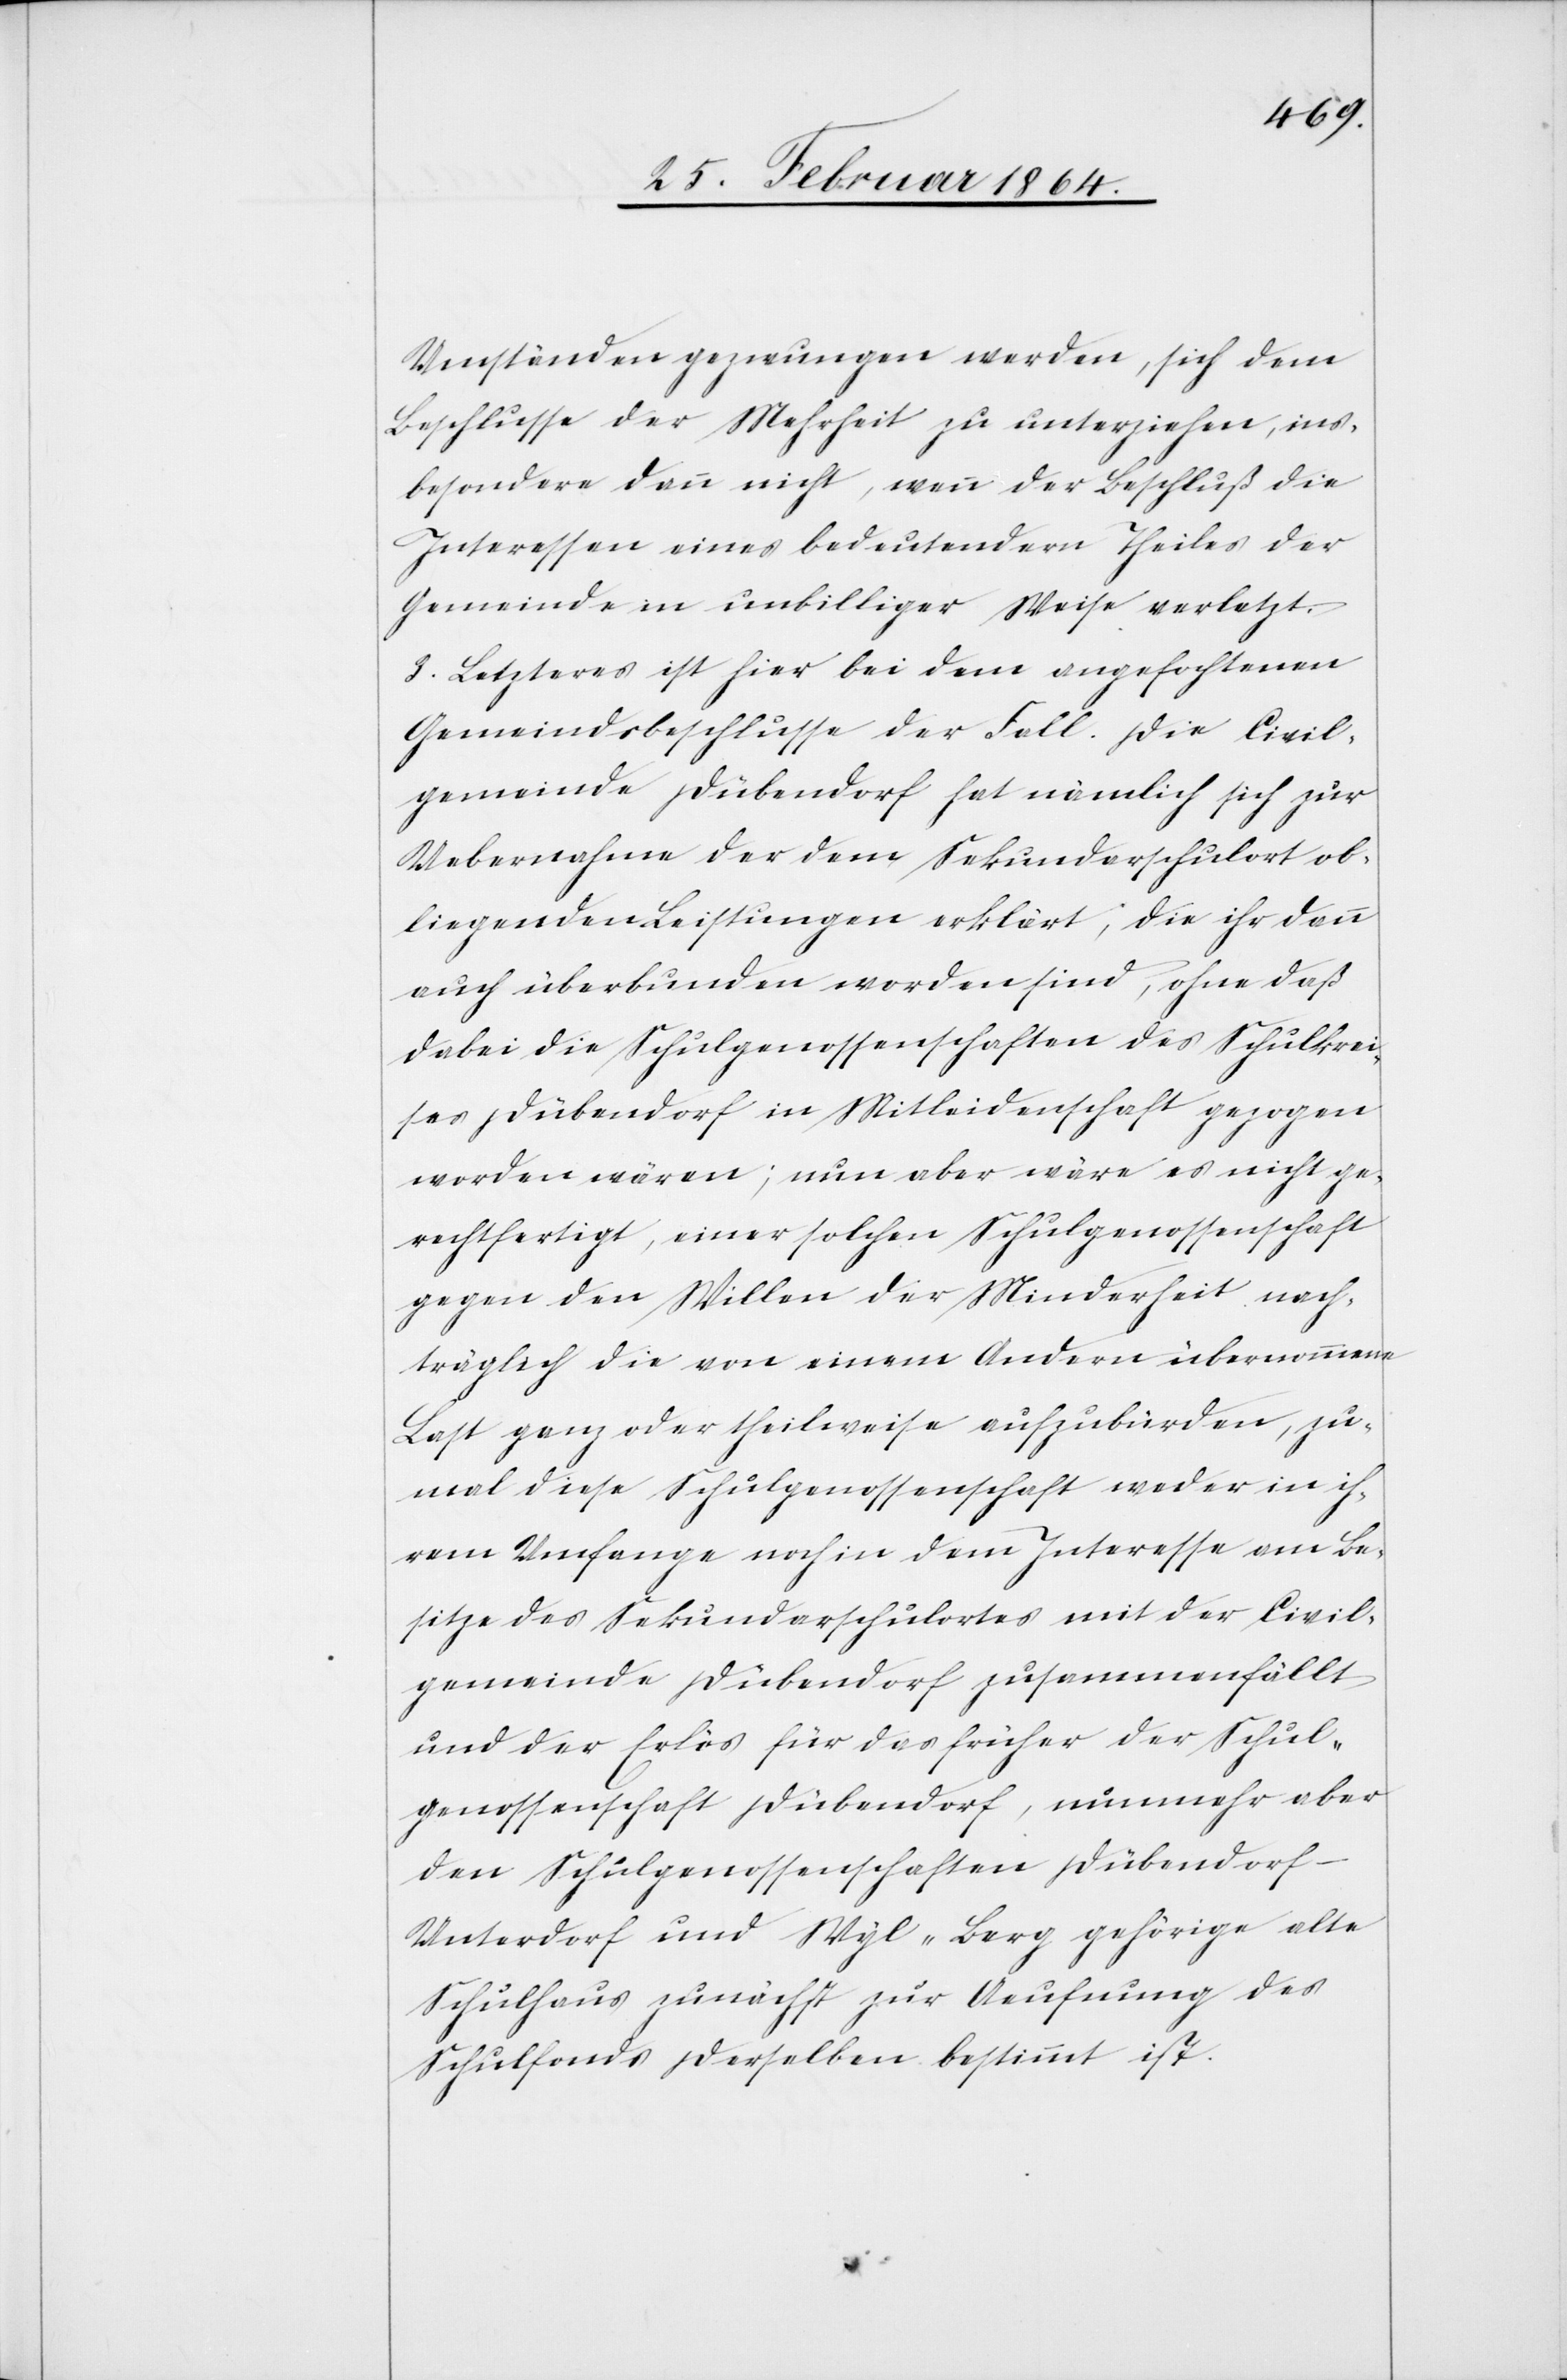
Umständen gezwungen werden, sich dem
Beschlusse der Mehrheit zu unterziehen, ins¬
besondere dann nicht, wenn der Beschluß die
Interessen eines bedeutenden Theiles der
Gemeinde in unbilliger Weise verletzt.
3. Letzteres ist hier bei dem angefochtenen
Gemeindbeschlusse der Fall. Die Civil¬
gemeinde Dübendorf hat nämlich sich zur
Uebernahme der dem Sekundarschulort ob¬
liegenden Leistungen erklärt, die ihr dann
auch überbunden worden sind, ohne daß
dabei die Schulgenossenschaften des Schulkrei¬
ses Dübendorf in Mitleidenschaft gezogen
worden wären; nun aber wäre es nicht ge¬
rechtfertigt, einer solchen Schulgenossenschaft
gegen den Willen der Minderheit nach¬
träglich die von einem Andern übernommene
Last ganz oder theilweise aufzubürden, zu¬
mal diese Schulgenossenschaft weder in ih¬
rem Umfange noch in dem Interesse am Be¬
sitze des Sekundarschulortes mit der Civil¬
gemeinde Dübendorf zusammenfällt
und der Erlös für das früher der Schul¬
genossenschaft Dübendorf, nunmehr aber
den Schulgenossenschaften Dübendorf-U¬
nterdorf und Wyl Berg gehörige alte
Schulhaus zunächst zur Aeufnung des
Schulfonds derselben bestimmt ist.